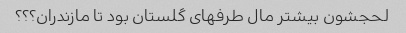
لحجشون بیشتر مال طرفهای گلستان بود تا مازندران؟؟؟